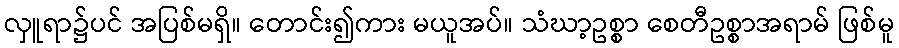
လှူရာ၌ပင် အပြစ်မရှိ။ တောင်း၍ကား မယူအပ်။ သံဃာ့ဥစ္စာ စေတီဥစ္စာအရာမ် ဖြစ်မူ